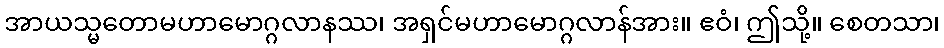
အာယသ္မတောမဟာမောဂ္ဂလာနဿ၊ အရှင်မဟာမောဂ္ဂလာန်အား။ ဧဝံ၊ ဤသို့။ စေတသာ၊